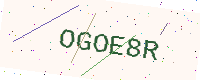
Text: OGOE8R